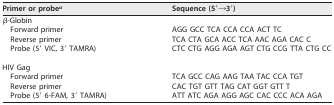
| Primer or probea | Sequence (5′→3′) |
 | --- | --- |
 | β-Globin |  |
 | Forward primer | AGG GCC TCA CCA CCA ACT TC |
 | Reverse primer | TCA CTA GCA ACC TCA AAC AGA CAC C |
 | Probe (5′ VIC, 3′ TAMRA) | CTC CTG AGG AGA AGT CTG CCG TTA CTG CC |
 | HIV Gag |  |
 | Forward primer | TCA GCC CAG AAG TAA TAC CCA TGT |
 | Reverse primer | CAC TGT GTT TAG CAT GGT GTT T |
 | Probe (5′ 6-FAM, 3′ TAMRA) | ATT ATC AGA AGG AGC CAC CCC ACA AGA |